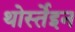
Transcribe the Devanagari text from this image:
थोर्स्तेइन